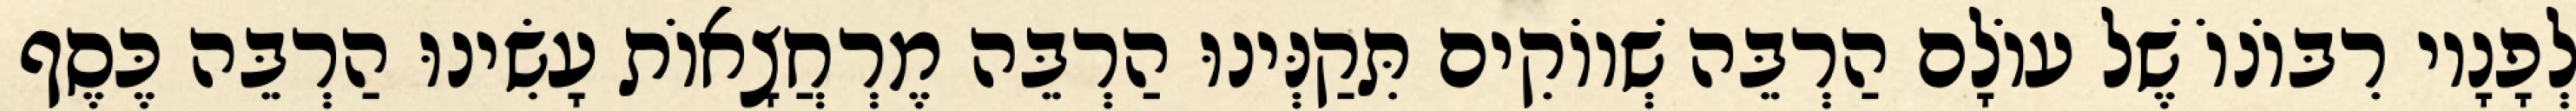
לְפָנָיו רִבּוֹנוֹ שֶׁל עוֹלָם הַרְבֵּה שְׁווֹקִים תִּקַנְּינוּ הַרְבֵּה מֶרְחֲצָאוֹת עָשִׂינוּ הַרְבֵּה כֶּסֶף